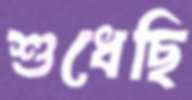
শুধেছি